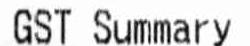
GST SUMMARY